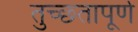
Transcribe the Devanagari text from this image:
तुच्छ्तापूर्ण